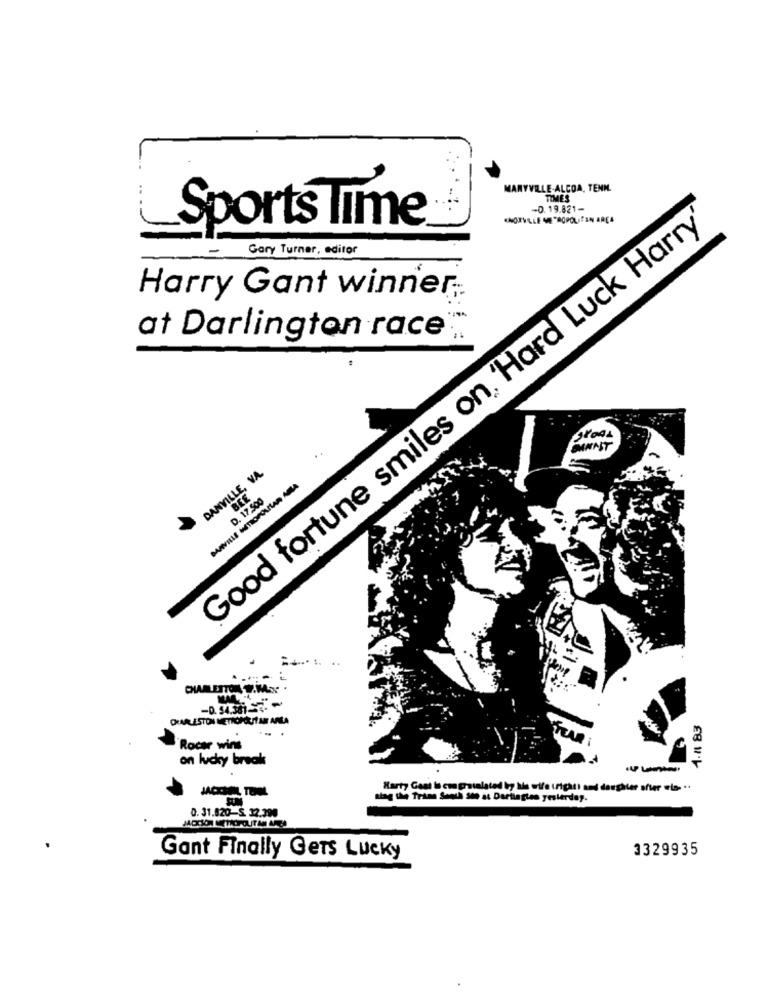
MARYVILLE-ALCOA, TENN.
TIMES
-D. 19.821-
Sports Time
Good fortune smiles on, 'Hard Luck Harry'
Gary Turner, editor
Harry Gant winner;
at Darlington race
DANVILLE, VA.
BEE
D. 17.500
CHARLETTON T.MY
-0. 54.3675C.
4.11 83
..
Rocar wins
TEAR
on lucky break
Harty Gant to con gratalated by his wife (right) and daughter after wia. ..
slag the Trans Sooth sto at Darlington yesterday.
0. 31.820-S. 32.390
JACCION METACPOUTAN ARCA
3329935
Gant Finally Gers Lucky